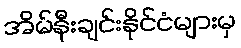
အိမ်နီးချင်းနိုင်ငံများမှ